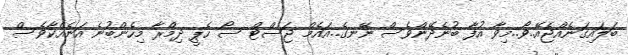
ބަލައިގަނެއްޖެއޭ..ވޯ..މިވާ އުފާ ބުނެދޭންވެސް ނޭނގެ..އައެމް ޖަސްޓް ސޯ ހެޕީ ދިމްރާ މިހެންބުނެ އަނެއްކާވެެސް